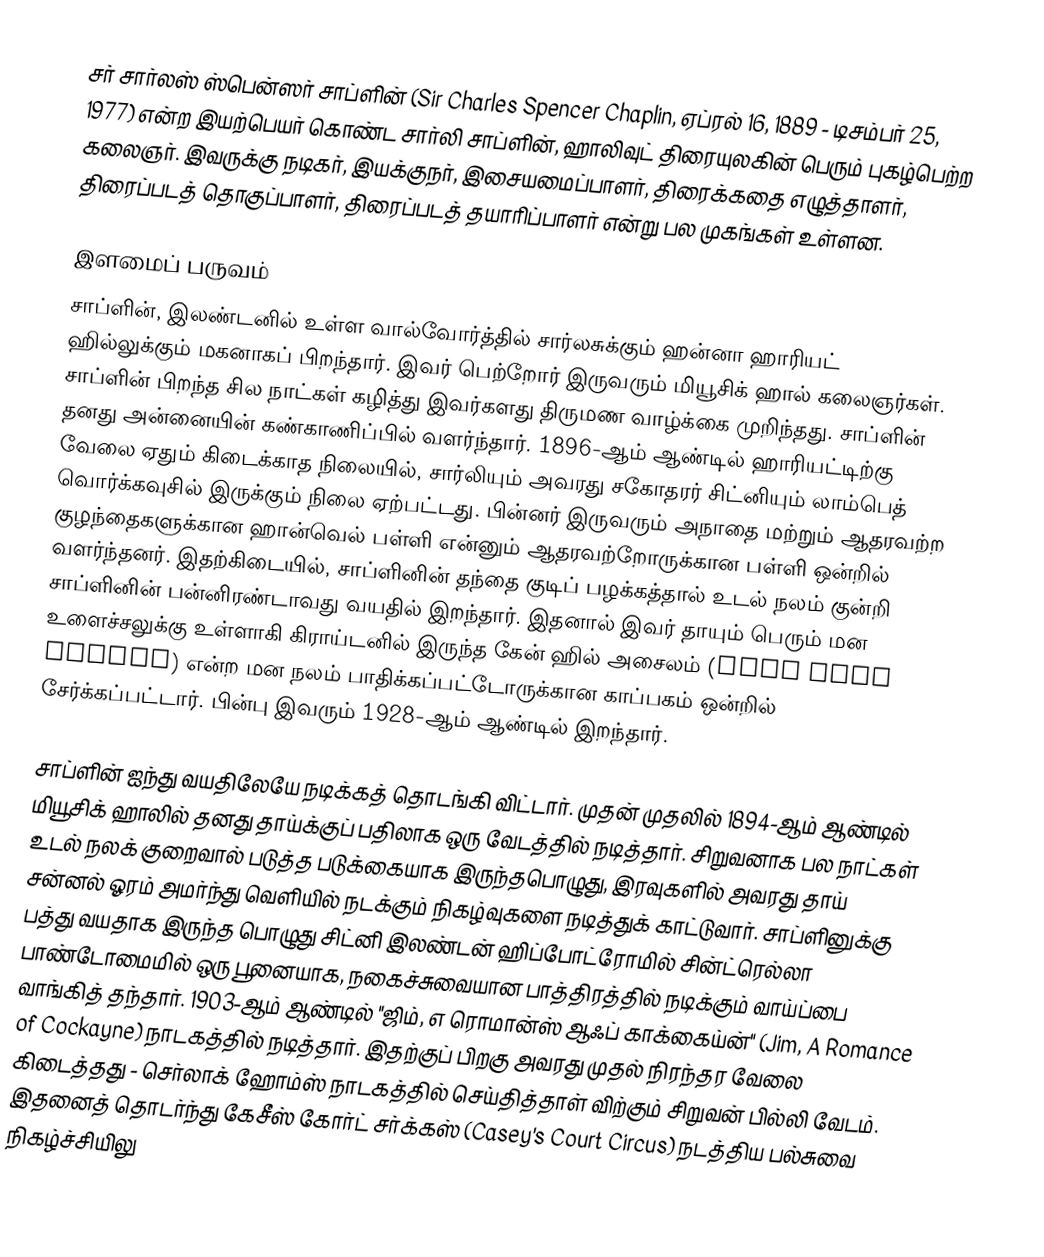
சர் சார்லஸ் ஸ்பென்ஸர் சாப்ளின் (Sir Charles Spencer Chaplin, ஏப்ரல் 16, 1889 - டிசம்பர் 25, 1977) என்ற இயற்பெயர் கொண்ட சார்லி சாப்ளின், ஹாலிவுட் திரையுலகின் பெரும் புகழ்பெற்ற கலைஞர். இவருக்கு நடிகர், இயக்குநர், இசையமைப்பாளர், திரைக்கதை எழுத்தாளர், திரைப்படத் தொகுப்பாளர், திரைப்படத் தயாரிப்பாளர் என்று பல முகங்கள் உள்ளன.

இளமைப் பருவம்
சாப்ளின், இலண்டனில் உள்ள வால்வோர்த்தில் சார்லசுக்கும் ஹன்னா ஹாரியட் ஹில்லுக்கும் மகனாகப் பிறந்தார். இவர் பெற்றோர் இருவரும் மியூசிக் ஹால் கலைஞர்கள். சாப்ளின் பிறந்த சில நாட்கள் கழித்து இவர்களது திருமண வாழ்க்கை முறிந்தது. சாப்ளின் தனது அன்னையின் கண்காணிப்பில் வளர்ந்தார். 1896-ஆம் ஆண்டில் ஹாரியட்டிற்கு வேலை ஏதும் கிடைக்காத நிலையில், சார்லியும் அவரது சகோதரர் சிட்னியும் லாம்பெத் வொர்க்கவுசில் இருக்கும் நிலை ஏற்பட்டது. பின்னர் இருவரும் அநாதை மற்றும் ஆதரவற்ற குழந்தைகளுக்கான ஹான்வெல் பள்ளி என்னும் ஆதரவற்றோருக்கான பள்ளி ஒன்றில் வளர்ந்தனர். இதற்கிடையில், சாப்ளினின் தந்தை குடிப் பழக்கத்தால் உடல் நலம் குன்றி சாப்ளினின் பன்னிரண்டாவது வயதில் இறந்தார். இதனால் இவர் தாயும் பெரும் மன உளைச்சலுக்கு உள்ளாகி கிராய்டனில் இருந்த கேன் ஹில் அசைலம் (Cane Hill Asylum) என்ற மன நலம் பாதிக்கப்பட்டோருக்கான காப்பகம் ஒன்றில் சேர்க்கப்பட்டார். பின்பு இவரும் 1928-ஆம் ஆண்டில் இறந்தார்.

சாப்ளின் ஐந்து வயதிலேயே நடிக்கத் தொடங்கி விட்டார். முதன் முதலில் 1894-ஆம் ஆண்டில் மியூசிக் ஹாலில் தனது தாய்க்குப் பதிலாக ஒரு வேடத்தில் நடித்தார். சிறுவனாக பல நாட்கள் உடல் நலக் குறைவால் படுத்த படுக்கையாக இருந்தபொழுது, இரவுகளில் அவரது தாய் சன்னல் ஓரம் அமர்ந்து வெளியில் நடக்கும் நிகழ்வுகளை நடித்துக் காட்டுவார். சாப்ளினுக்கு பத்து வயதாக இருந்த பொழுது சிட்னி இலண்டன் ஹிப்போட்ரோமில் சின்ட்ரெல்லா பாண்டோமைமில் ஒரு பூனையாக, நகைச்சுவையான பாத்திரத்தில் நடிக்கும் வாய்ப்பை வாங்கித் தந்தார். 1903-ஆம் ஆண்டில் "ஜிம், எ ரொமான்ஸ் ஆஃப் காக்கைய்ன்" (Jim, A Romance of Cockayne) நாடகத்தில் நடித்தார். இதற்குப் பிறகு அவரது முதல் நிரந்தர வேலை கிடைத்தது - செர்லாக் ஹோம்ஸ் நாடகத்தில் செய்தித்தாள் விற்கும் சிறுவன் பில்லி வேடம். இதனைத் தொடர்ந்து கேசீஸ் கோர்ட் சர்க்கஸ் (Casey's Court Circus) நடத்திய பல்சுவை நிகழ்ச்சியிலு